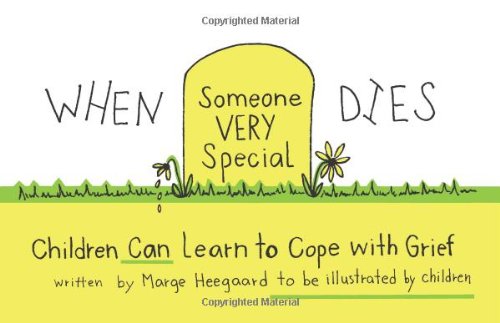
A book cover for When Someone Very Special Dies: Children Can Learn to Cope with Grief (Drawing Out Feelings Series); Marge Heegaard; Children's Books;